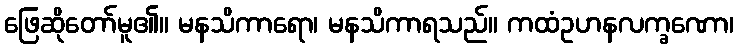
ဖြေဆိုတော်မူ၏။ မနသိကာရော၊ မနသိကာရသည်။ ကထံဥဟနလက္ခဏော၊